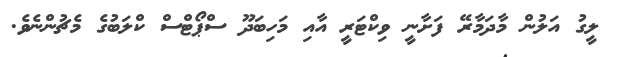
ލީގު އަލުން މާދަމާރޭ ފަށާނީ ވިކްޓަރީ އާއި މަހިބަދޫ ސްޕޯޓްސް ކްލަބުގެ މެޗުންނެވެ.